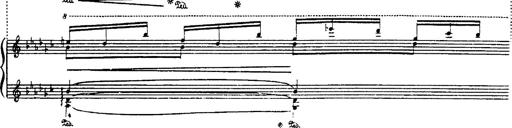
Title: Danza sacra e duetto finale dâ€™Aida
Composer: Franz Liszt